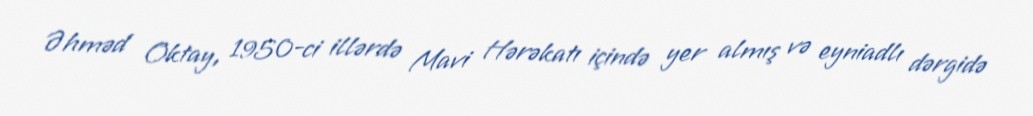
Əhməd Oktay, 1950-ci illərdə Mavi Hərəkatı içində yer almış və eyniadlı dərgidə